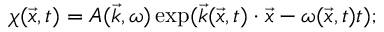
\chi ( \vec { x } , t ) = A ( \vec { k } , \omega ) \exp ( \vec { k } ( \vec { x } , t ) \cdot \vec { x } - \omega ( \vec { x } , t ) t ) ;